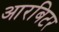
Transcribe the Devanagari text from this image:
आरबिटर